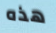
هذه